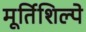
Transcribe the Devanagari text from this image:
मूर्तिशिल्पे